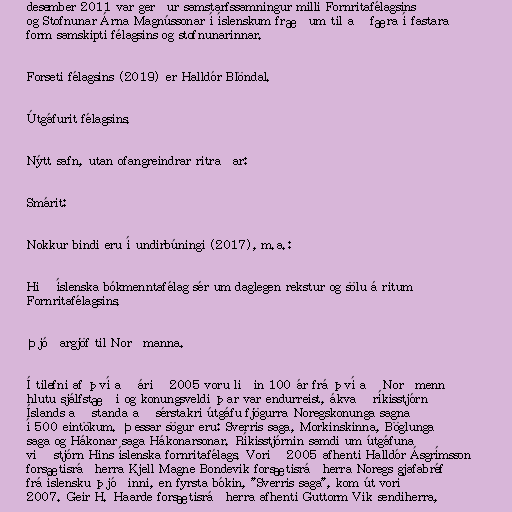
desember 2011 var gerður samstarfssamningur milli Fornritafélagsins
og Stofnunar Árna Magnússonar í íslenskum fræðum til að færa í fastara
form samskipti félagsins og stofnunarinnar.

Forseti félagsins (2019) er Halldór Blöndal.

Útgáfurit félagsins.

Nýtt safn, utan ofangreindrar ritraðar:

Smárit:

Nokkur bindi eru í undirbúningi (2017), m.a.:

Hið íslenska bókmenntafélag sér um daglegen rekstur og sölu á ritum
Fornritafélagsins.

Þjóðargjöf til Norðmanna.

Í tilefni af því að árið 2005 voru liðin 100 ár frá því að Norðmenn
hlutu sjálfstæði og konungsveldi þar var endurreist, ákvað ríkisstjórn
Íslands að standa að sérstakri útgáfu fjögurra Noregskonunga sagna
í 500 eintökum. Þessar sögur eru: Sverris saga, Morkinskinna, Böglunga
saga og Hákonar saga Hákonarsonar. Ríkisstjórnin samdi um útgáfuna
við stjórn Hins íslenska fornritafélags. Vorið 2005 afhenti Halldór Ásgrímsson
forsætisráðherra Kjell Magne Bondevik forsætisráðherra Noregs gjafabréf
frá íslensku þjóðinni, en fyrsta bókin, "Sverris saga", kom út vorið
2007. Geir H. Haarde forsætisráðherra afhenti Guttorm Vik sendiherra,